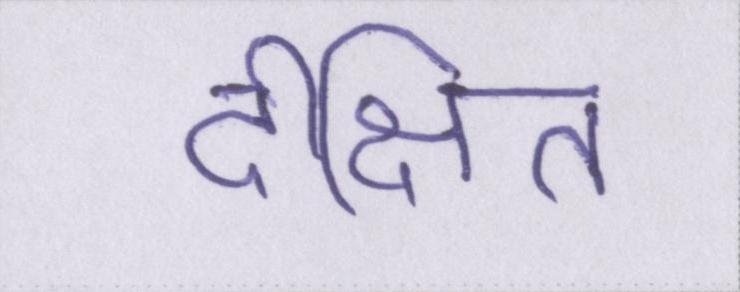
दीक्षित